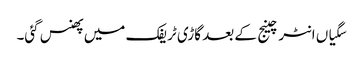
سگیاں انٹرچینج کے بعد گاڑی ٹریفک میں پھنس گئی۔